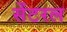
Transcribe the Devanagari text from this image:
सेंटरल